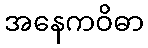
အနေကဝိဓာ